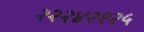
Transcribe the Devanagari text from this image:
२२२४२१२५